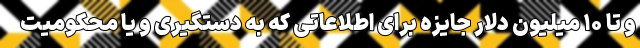
و تا ۱۰ میلیون دلار جایزه برای اطلاعاتی که به دستگیری و یا محکومیت